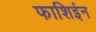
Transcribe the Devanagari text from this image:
फाशिईन